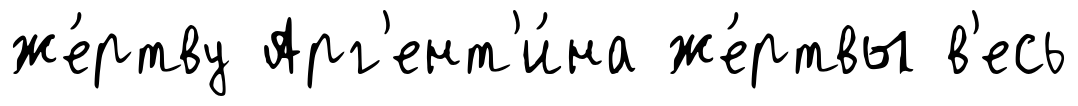
же́ртву Арг'ент'и́на же́ртвы в'есь